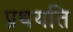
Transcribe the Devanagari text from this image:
प्रथयति